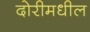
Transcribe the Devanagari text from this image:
दोरीमधील